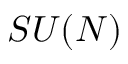
S U ( N )